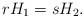
LaTeX: \begin{align*}r H_1= s H_2.\end{align*}